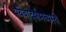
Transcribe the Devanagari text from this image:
यथैवादर्शमध्यस्थे